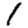
Digit: 1